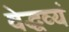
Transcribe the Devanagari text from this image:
वेद्धव्यं